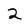
Character: 2